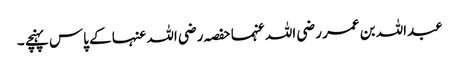
عبداللہ بن عمر رضی اللہ عنہما حفصہ رضی اللہ عنہا کے پاس پہنچے ۔